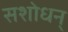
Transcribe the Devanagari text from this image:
सशोधन्